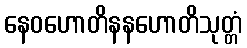
နေဝဟောတိနနဟောတိသုတ္တံ